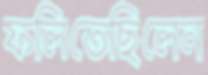
ফলিতেছিলেন